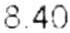
8.40